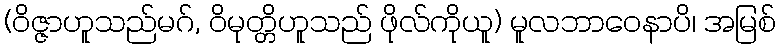
(ဝိဇ္ဇာဟူသည်မဂ်, ဝိမုတ္တိဟူသည် ဖိုလ်ကိုယူ) မူလဘာဝေနာပိ၊ အမြစ်